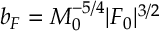
b _ { F } = M _ { 0 } ^ { - 5 / 4 } | F _ { 0 } | ^ { 3 / 2 }